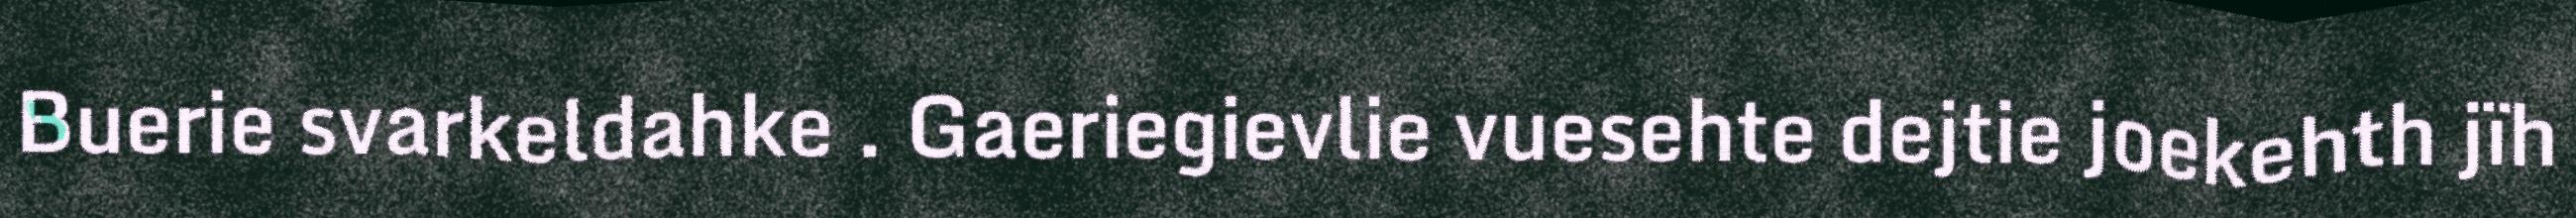
Buerie svarkeldahke . Gaeriegievlie vuesehte dejtie joekehth jïh